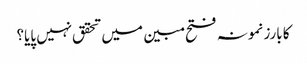
کا بارز نمونہ فتح مبین میں تحقق نہیں پایا؟